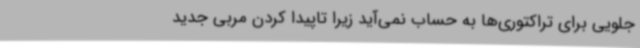
جلویی برای تراکتوری‌ها به حساب نمی‌آید زیرا تاپیدا کردن مربی جدید